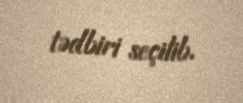
tədbiri seçilib.